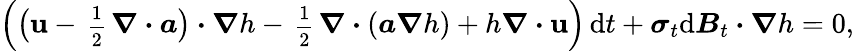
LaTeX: \Big(\big(\boldsymbol{\mathbf{u}}-\mathrm{{\scriptsize~\frac{{1}}{{2}}~}}\boldsymbol{\nabla}\boldsymbol{\cdot}\boldsymbol{a}\big)\boldsymbol{\cdot}\boldsymbol{\nabla}h-\mathrm{{\scriptsize~\frac{{1}}{{2}}~}}\boldsymbol{\nabla}\boldsymbol{\cdot}(\boldsymbol{a}\boldsymbol{\nabla}h)+h\boldsymbol{\nabla}\boldsymbol{\cdot}\boldsymbol{\mathbf{u}}\Big)\, \mathrm{{d}}t+\boldsymbol{\sigma}_{t}\mathrm{{d}}\boldsymbol{B}_{t}\boldsymbol{\cdot}\boldsymbol{\nabla}h=0,